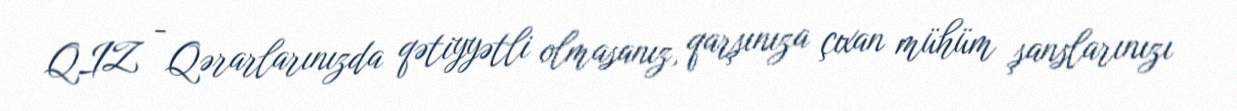
QIZ - Qərarlarınızda qətiyyətli olmasanız, qarşınıza çıxan mühüm şanslarınızı